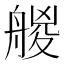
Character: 艐